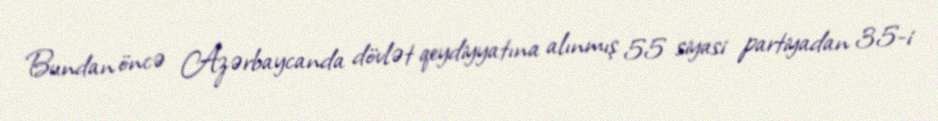
Bundan öncə Azərbaycanda dövlət qeydiyyatına alınmış 55 siyasi partiyadan 35-i